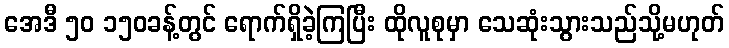
အေဒီ ၅၀ ၁၅၀ခန့်တွင် ရောက်ရှိခဲ့ကြပြီး ထိုလူစုမှာ သေဆုံးသွားသည်သို့မဟုတ်